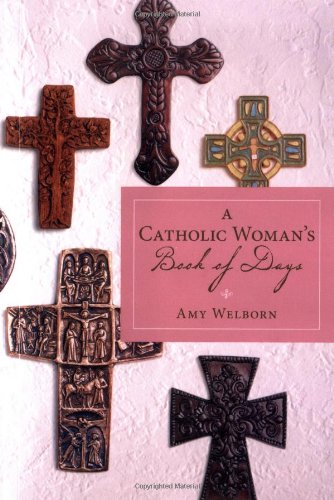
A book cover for A Catholic Woman's Book of Days; Amy Welborn; Christian Books & Bibles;